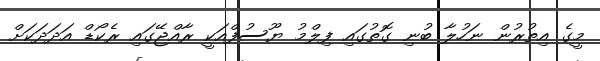
މީގެ އިތުރުން ނަހުލާ ބުނި ގޮތުގައި ފިލްމު ޔޫސުފްއަކީ ރާއްޖޭގައި ރެކޯޑް އަދަދަކަށް